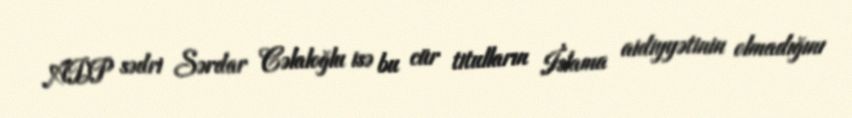
ADP sədri Sərdar Cəlaloğlu isə bu cür titulların İslama aidiyyətinin olmadığını